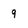
Character: 9